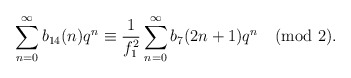
\begin{align*}\sum_{n=0}^{\infty}b_{14}(n)q^{n}\equiv\frac{1}{f^2_1}\sum_{n=0}^{\infty}b_7(2n+1)q^{n}\pmod{2}.\end{align*}